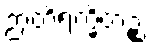
ဉာတိရက္ခိတဉ္စ